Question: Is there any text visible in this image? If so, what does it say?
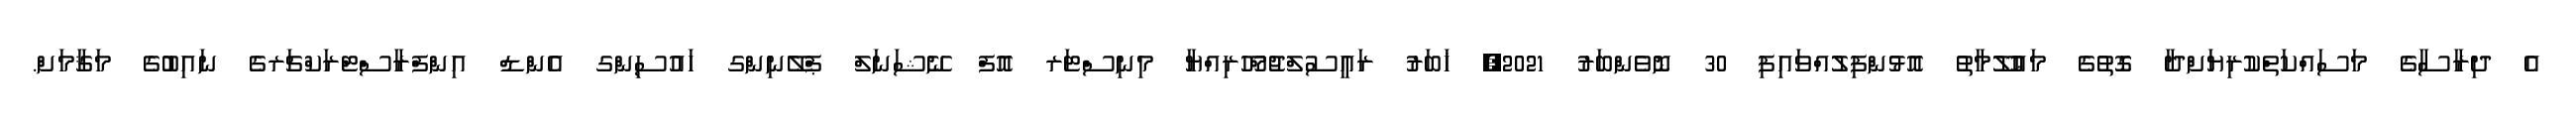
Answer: އެ ދިރާސާގެ މަސައްކަތްކުރިޔަށްދާ ގޮތުގެ މަޢުލޫމާތު އޮޅުންފިލުއްވައިފި 30 ނޮވެންބަރު 2021, ޚަބަރު ރައީސުލްޖުމްހޫރިއްޔާ މިނިސްޓަރ އޮފް ނޭޝަނަލް ޕްލޭނިންގ ހައުސިންގ އެންޑް އިންފްރާސްޓްރަކްޗަރގެ ނައިބުގެ މަޤާމަށް.